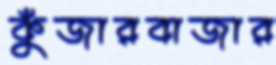
কুঁজারবাজার